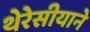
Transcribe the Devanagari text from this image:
थेरेसीयाने